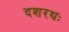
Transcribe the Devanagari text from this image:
दशरथः